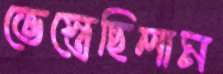
ভেস্তেছিলাম